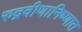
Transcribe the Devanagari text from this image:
रुद्रवीणानिष्णात